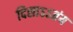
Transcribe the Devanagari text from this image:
दिसाऽऽतंय